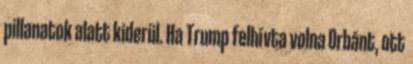
pillanatok alatt kiderül. Ha Trump felhívta volna Orbánt, ott